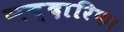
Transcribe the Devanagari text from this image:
सब्दारिफा